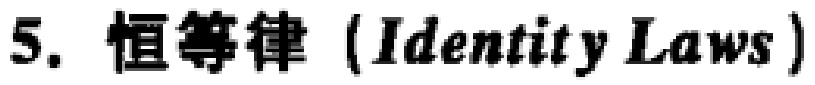
5. 恒等律（Identity Laws）